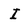
Character: I